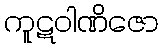
ကူဋဝါဏိဇော